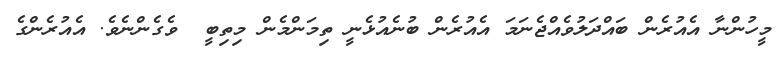
މީހުންނާ އެއުރެން ބައްދަލުވެއްޖެނަމަ އެއުރެން ބުނެއުޅެނީ ތިމަންމެން މިތިބީ  ވެގެންނެވެ. އެއުރެންގެ